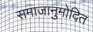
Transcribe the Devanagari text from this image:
समाजानुमोदित